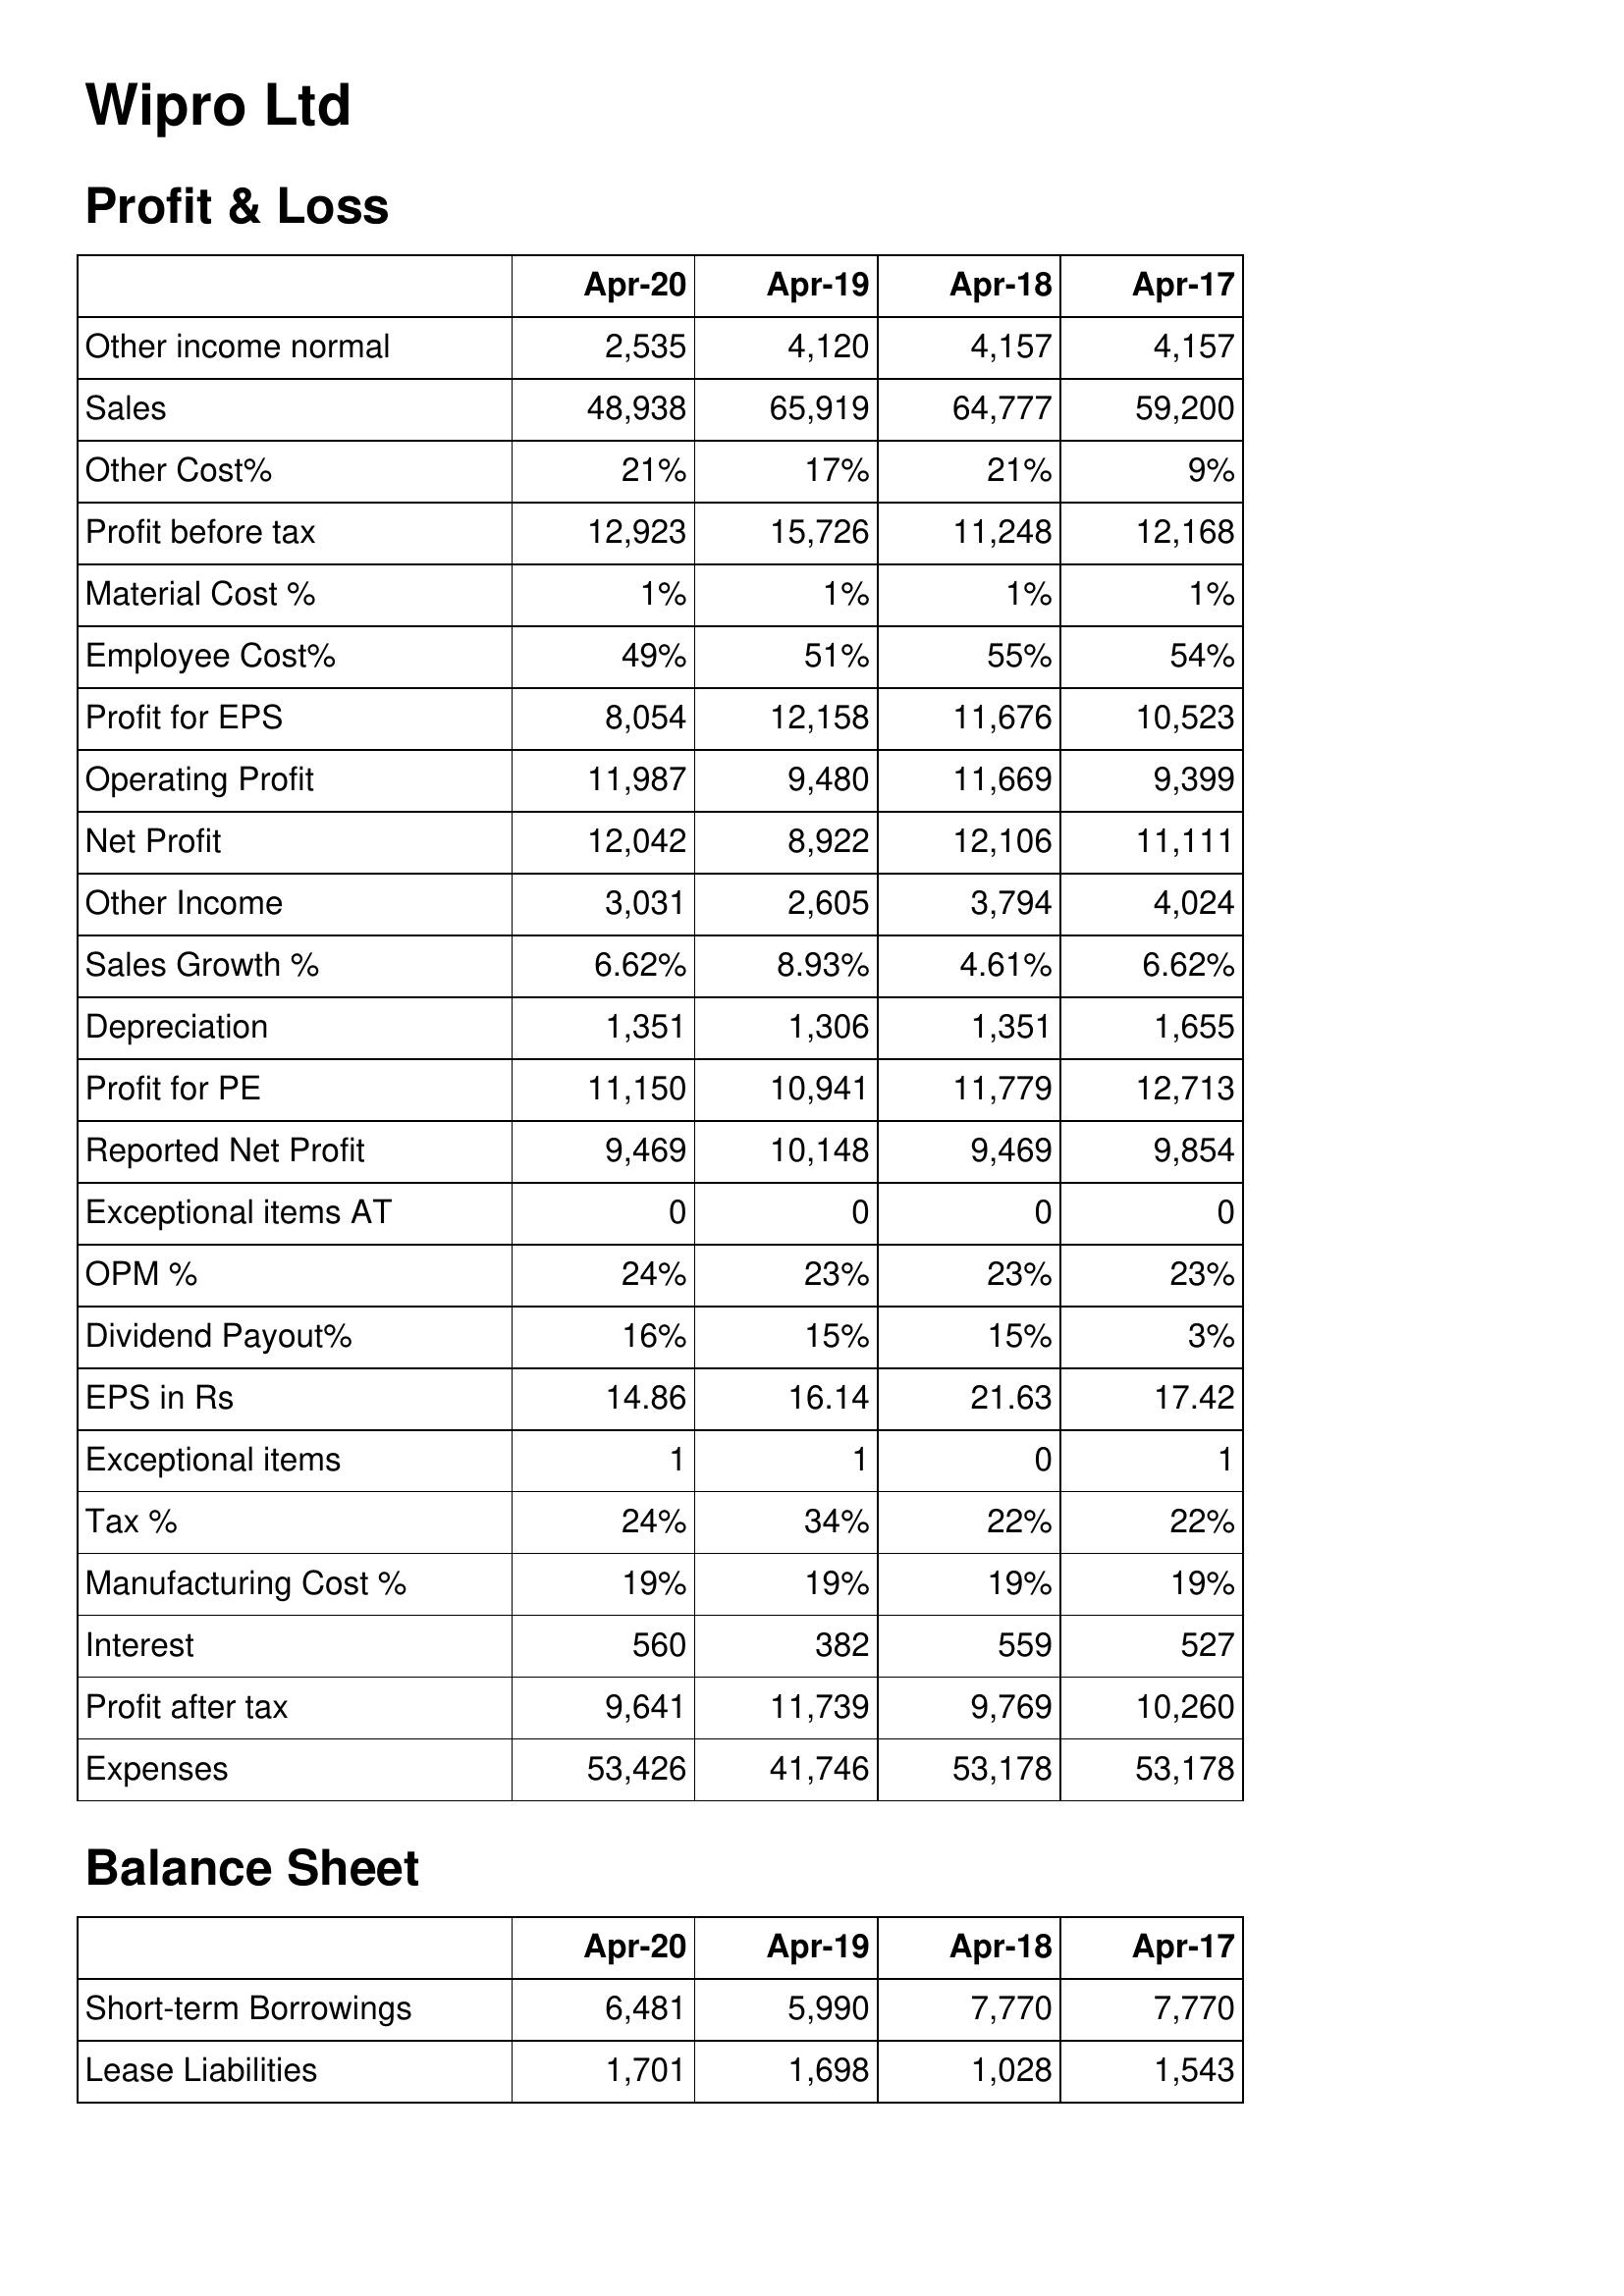
Apr-20: Profit & Loss: Other income normal: 2,535
Sales: 48,938
Other Cost%: 21%
Profit before tax: 12,923
Material Cost %: 1%
Employee Cost%: 49%
Profit for EPS: 8,054
Operating Profit: 11,987
Net Profit: 12,042
Other Income: 3,031
Sales Growth %: 6.62%
Depreciation: 1,351
Profit for PE: 11,150
Reported Net Profit: 9,469
Exceptional items AT: 0
OPM %: 24%
Dividend Payout%: 16%
EPS in Rs: 14.86
Exceptional items: 1
Tax %: 24%
Manufacturing Cost %: 19%
Interest: 560
Profit after tax: 9,641
Expenses: 53,426
Balance Sheet: Short-term Borrowings: 6,481
Lease Liabilities: 1,701
Apr-19: Profit & Loss: Other income normal: 4,120
Sales: 65,919
Other Cost%: 17%
Profit before tax: 15,726
Material Cost %: 1%
Employee Cost%: 51%
Profit for EPS: 12,158
Operating Profit: 9,480
Net Profit: 8,922
Other Income: 2,605
Sales Growth %: 8.93%
Depreciation: 1,306
Profit for PE: 10,941
Reported Net Profit: 10,148
Exceptional items AT: 0
OPM %: 23%
Dividend Payout%: 15%
EPS in Rs: 16.14
Exceptional items: 1
Tax %: 34%
Manufacturing Cost %: 19%
Interest: 382
Profit after tax: 11,739
Expenses: 41,746
Balance Sheet: Short-term Borrowings: 5,990
Lease Liabilities: 1,698
Apr-18: Profit & Loss: Other income normal: 4,157
Sales: 64,777
Other Cost%: 21%
Profit before tax: 11,248
Material Cost %: 1%
Employee Cost%: 55%
Profit for EPS: 11,676
Operating Profit: 11,669
Net Profit: 12,106
Other Income: 3,794
Sales Growth %: 4.61%
Depreciation: 1,351
Profit for PE: 11,779
Reported Net Profit: 9,469
Exceptional items AT: 0
OPM %: 23%
Dividend Payout%: 15%
EPS in Rs: 21.63
Exceptional items: 0
Tax %: 22%
Manufacturing Cost %: 19%
Interest: 559
Profit after tax: 9,769
Expenses: 53,178
Balance Sheet: Short-term Borrowings: 7,770
Lease Liabilities: 1,028
Apr-17: Profit & Loss: Other income normal: 4,157
Sales: 59,200
Other Cost%: 9%
Profit before tax: 12,168
Material Cost %: 1%
Employee Cost%: 54%
Profit for EPS: 10,523
Operating Profit: 9,399
Net Profit: 11,111
Other Income: 4,024
Sales Growth %: 6.62%
Depreciation: 1,655
Profit for PE: 12,713
Reported Net Profit: 9,854
Exceptional items AT: 0
OPM %: 23%
Dividend Payout%: 3%
EPS in Rs: 17.42
Exceptional items: 1
Tax %: 22%
Manufacturing Cost %: 19%
Interest: 527
Profit after tax: 10,260
Expenses: 53,178
Balance Sheet: Short-term Borrowings: 7,770
Lease Liabilities: 1,543